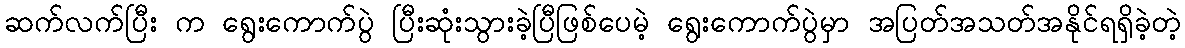
ဆက်လက်ပြီး က ရွေးကောက်ပွဲ ပြီးဆုံးသွားခဲ့ပြီဖြစ်ပေမဲ့ ရွေးကောက်ပွဲမှာ အပြတ်အသတ်အနိုင်ရရှိခဲ့တဲ့